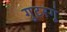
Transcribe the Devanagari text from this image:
गुटरगूं